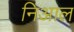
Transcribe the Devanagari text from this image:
निआल